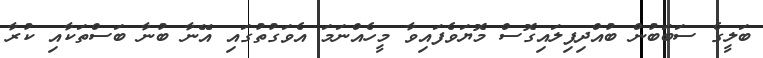
ބަލީގެ ސަބަބުން ބުއްދިފިލައިގޮސް މޮޔަވެފައިވާ މީހެއްނަމަ އެވަގުތުގައި އޭނާ ބުނާ ބަސްތަކާއި ކުރާ